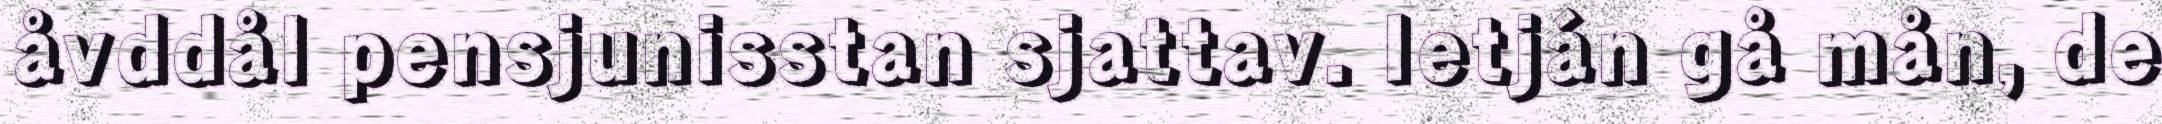
åvddål pensjunisstan sjattav. Ietján gå mån, de